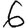
Digit: 6